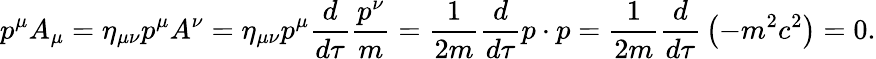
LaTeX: p^{\mu}A_{\mu}=\eta_{\mu\nu}p^{\mu}A^{\nu}=\eta_{\mu\nu}p^{\mu}{\frac{d}{d\tau}}{\frac{p^{\nu}}{m}}={\frac{1}{2m}}{\frac{d}{d\tau}}p\cdot p={\frac{1}{2m}}{\frac{d}{d\tau}}\left(-m^{2}c^{2}\right)=0.